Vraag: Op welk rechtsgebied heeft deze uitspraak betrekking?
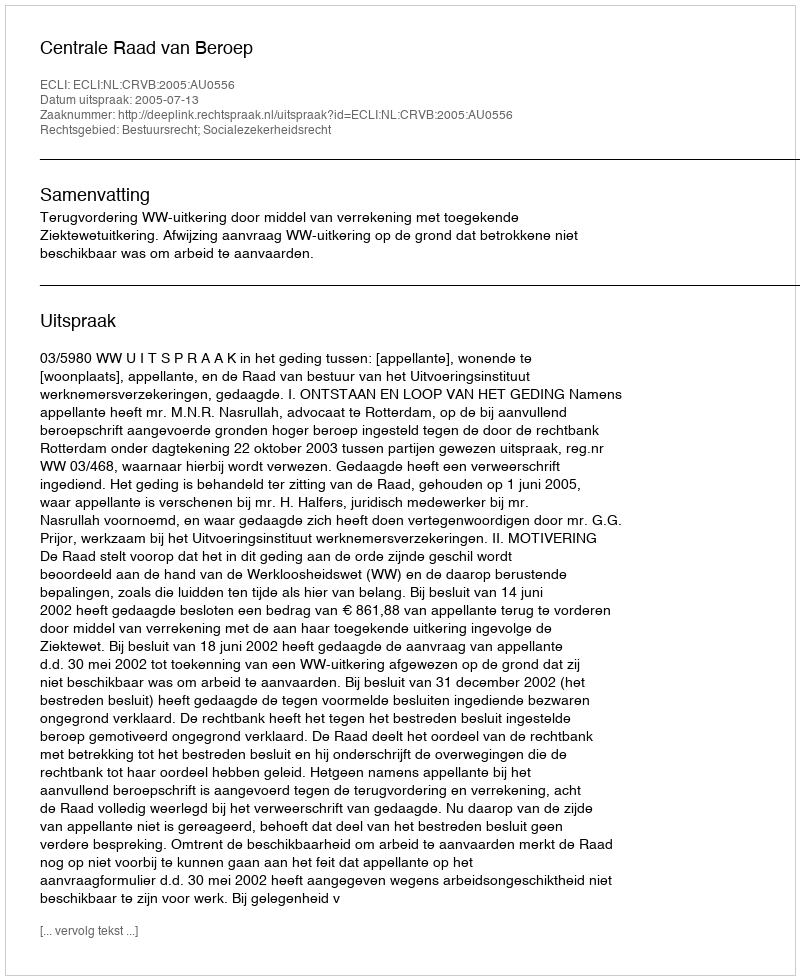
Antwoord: Bestuursrecht; Socialezekerheidsrecht